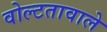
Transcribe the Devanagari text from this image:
वोल्टतावाले